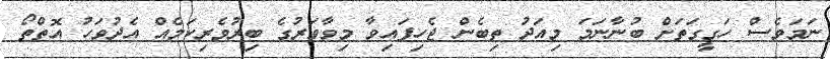
ނަމަވެސް ހަގީގަތަށް ބުނާނަމަ މިއަދު ތިބެން ޖެހިފައިވާ މިވާވަރުގެ ބިރުވެރިކަމެއް އެދުވަހު އޮތްތޯ